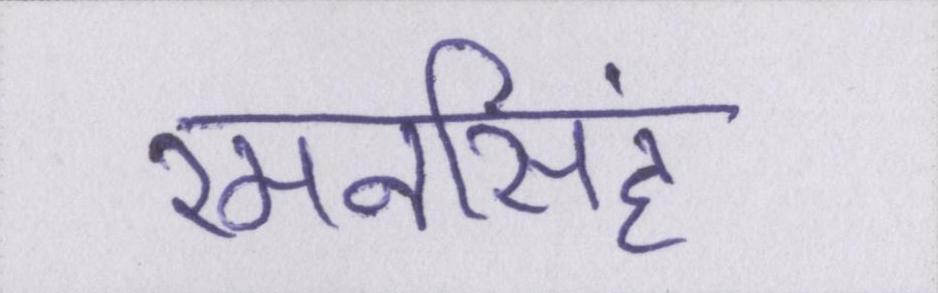
रमनसिंह